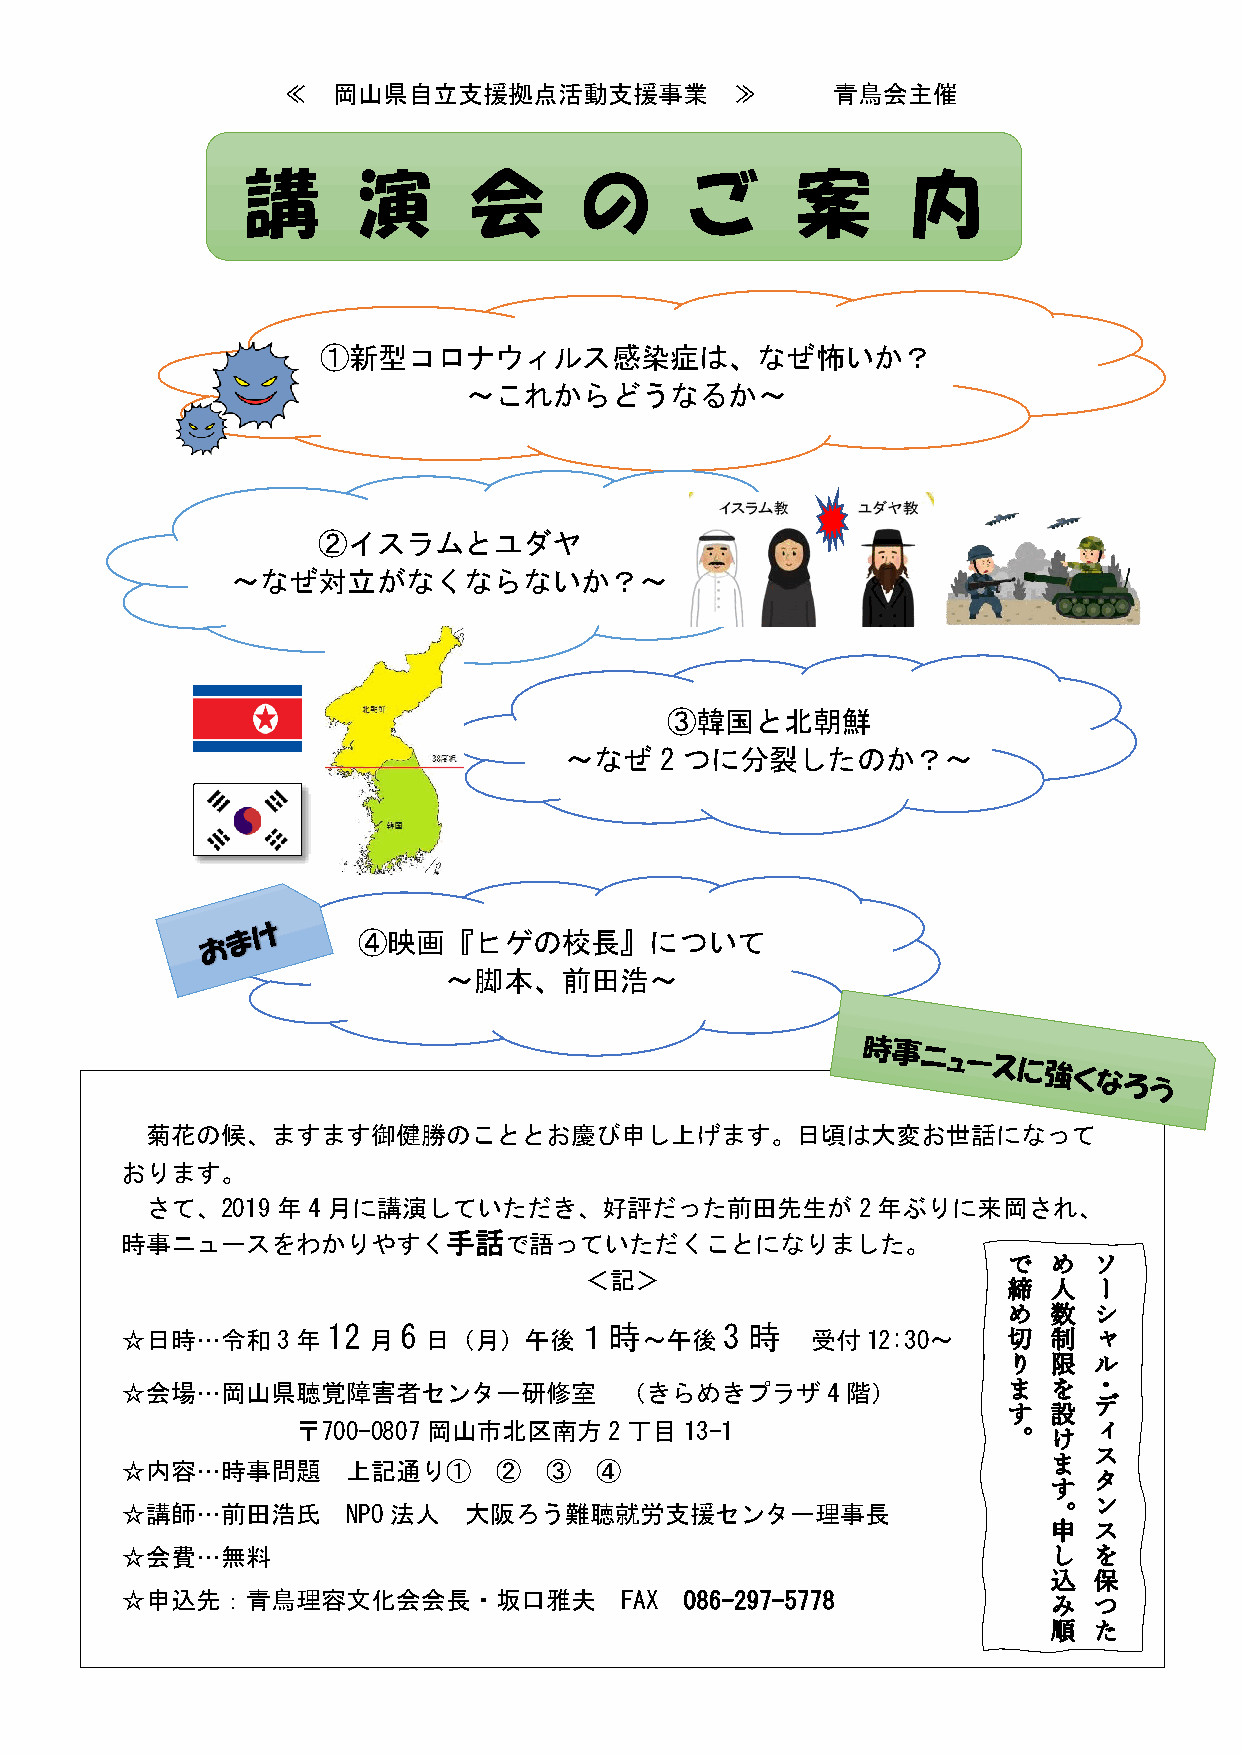
≪  岡山県自立支援拠点活動支援事業            ≫     青鳥会主催
 講       演      会       の      ご      案      内
 ➀新型コロナウィルス感染症は、なぜ怖いか？
 ～これからど     うなるか～
 ②イスラムとユダヤ
 ～なぜ対立がなくならないか？～
 ③韓国と北朝鮮
 ～なぜ    2 つに分裂したのか？～
 ④映画『ヒゲの校長』について
 ～脚本、前田浩～
 菊花の候、ますます御健勝のこととお慶び申し上げます。日頃は大変お世話になって
 おります。
 さて、2019年4月に講演していただき、好評だった前田先生が                 2年ぶりに来岡され、
 時事ニュースをわかりやすく手話で語っていただくことになりました。
 ＜記＞
 ☆日時…令和
 3年12  月6  日（月）午後１時
 ～午後
 3 時
 受付12:30～
 ☆会場…岡山県聴覚障害者センター研修室              （きらめきプラザ      4階）
 〒700-0807 岡山市北区南方2丁目     13-1
 ☆内容…時事問題       上記通り①     ②  ③  ④
 ☆講師…前田浩氏       NPO法人   大阪ろう難聴就労支援センター理事長
 ☆会費…無料
 ☆申込先：青鳥理容文化会会長・坂口雅夫              FAX 086-297-5778